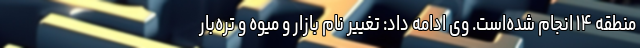
منطقه ۱۴ انجام شده‌است. وی ادامه داد: تغییر نام بازار و میوه و تره‌بار